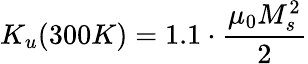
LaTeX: K_{u}(300K)=1.1\cdot\frac{\mu_{0}M_{s}^{2}}{2}